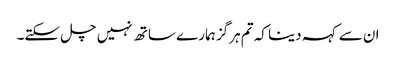
ان سے کہہ دینا کہ تم ہرگز ہمارے ساتھ نہیں چل سکتے۔